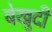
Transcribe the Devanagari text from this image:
बेखुदी